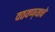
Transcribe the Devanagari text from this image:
वठवण्याचे